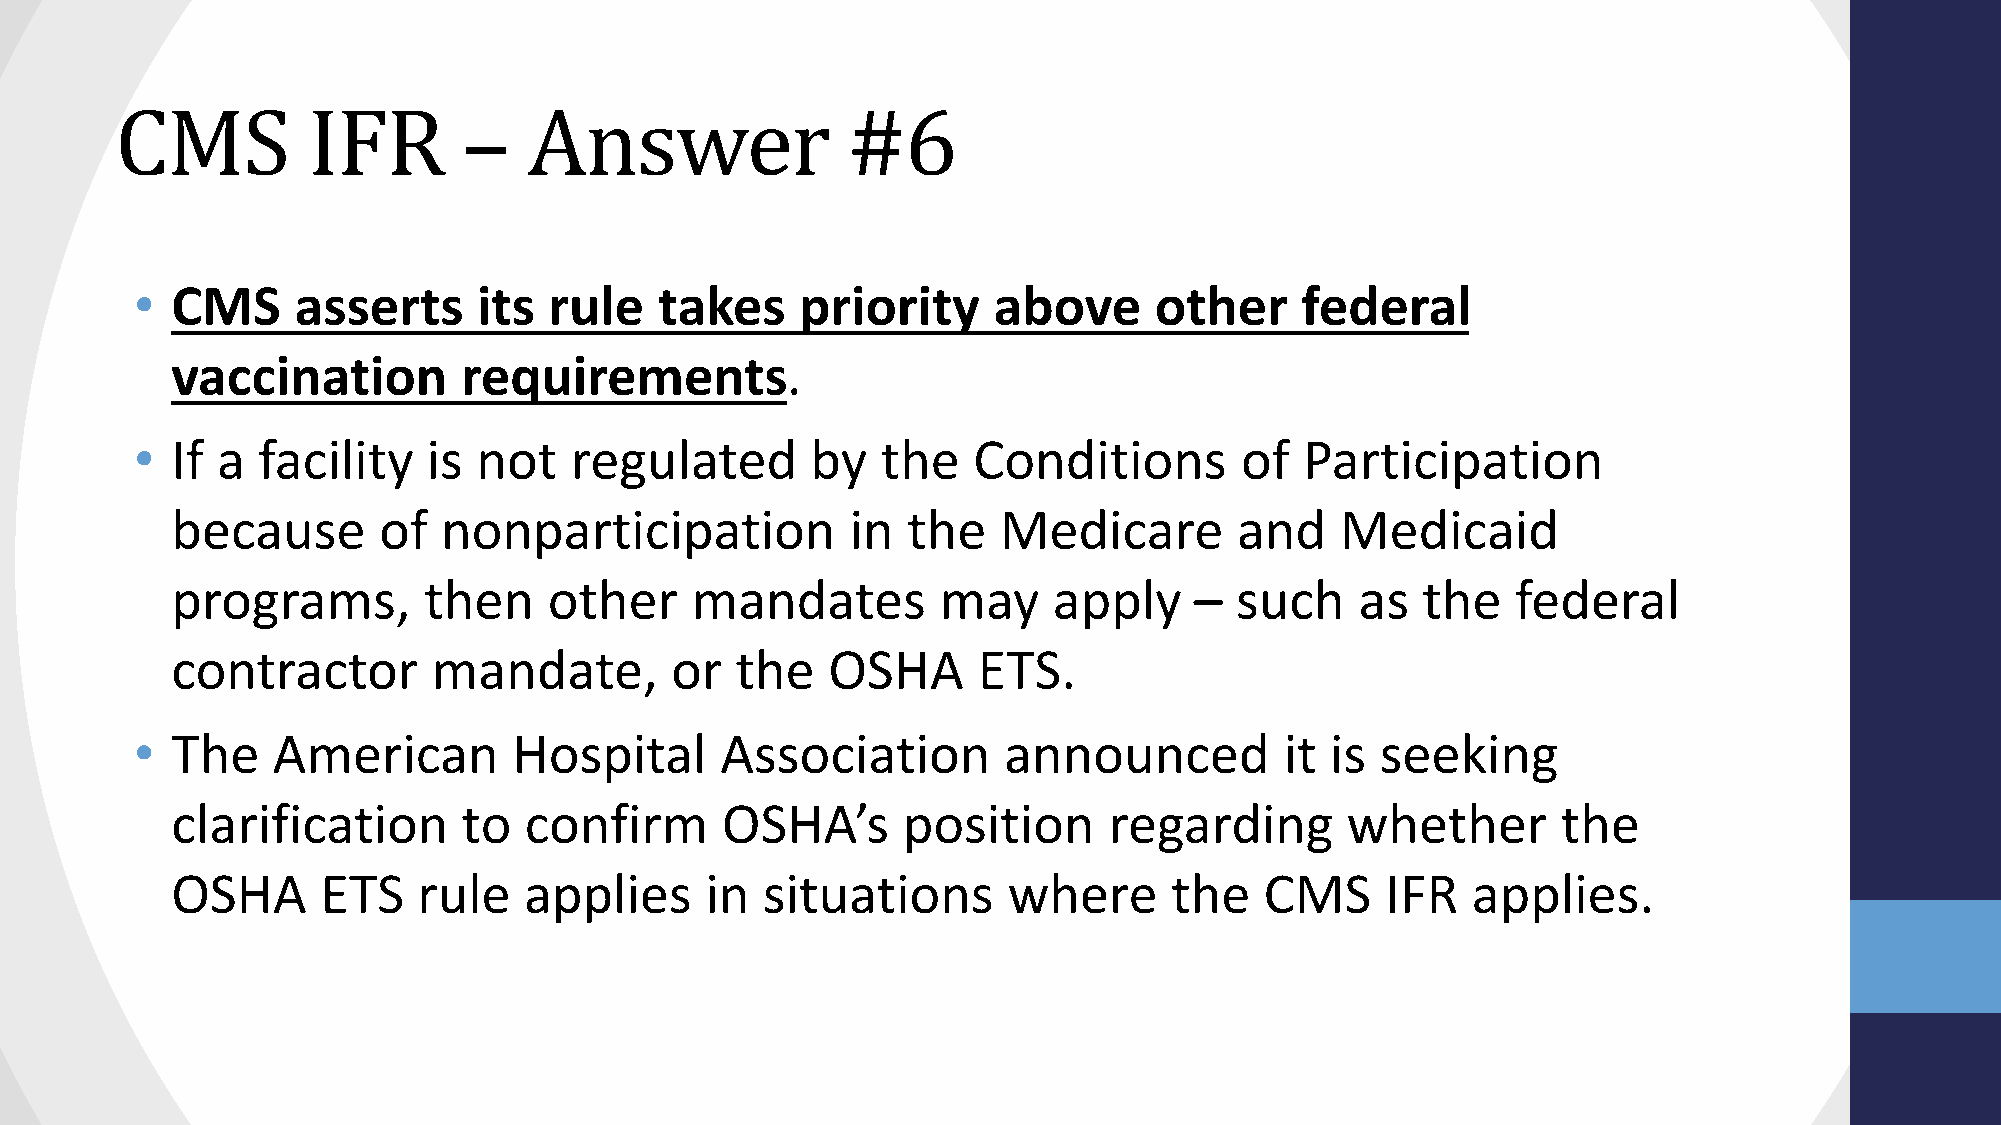
CMS         IFR        –   Answer               #6
 • CMS     asserts      its rule    takes    priority     above     other     federal
 vaccination         requirements.
 • If a  facility   is  not   regulated       by  the   Conditions        of  Participation
 because       of  nonparticipation           in  the   Medicare        and    Medicaid
 programs,        then    other     mandates        may     apply    –  such    as  the   federal
 contractor        mandate,       or   the   OSHA      ETS.
 • The    American        Hospital      Association       announced          it is seeking
 clarification       to  confirm      OSHA’s      position     regarding       whether       the
 OSHA      ETS    rule   applies     in situations       where      the   CMS     IFR  applies.